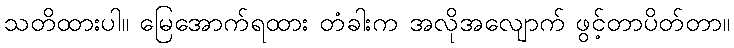
သတိထားပါ။ မြေအောက်ရထား တံခါးက အလိုအလျောက် ဖွင့်တာပိတ်တာ။